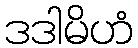
ဒဒါမိဟံ